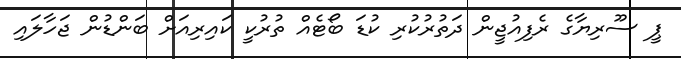
ޕީ ސޫރިޔާގެ ރެފިއުޖީން ދަތުރުކުރި ކުޑަ ބޯޓެއް ތުރުކީ ކައިރިއަށް ބަންޑުން ޖަހާލައި